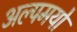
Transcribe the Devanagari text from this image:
अल्पमयो